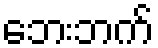
ဘေးဘက်